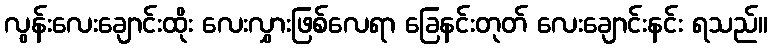
လွန်းလေးချောင်းထိုး လေးလွှားဖြစ်လေရာ ခြေနင်းတုတ် လေးချောင်းနင်း ရသည်။